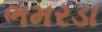
ભમરડા